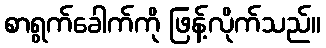
စာရွက်ခေါက်ကို ဖြန့်လိုက်သည်။